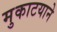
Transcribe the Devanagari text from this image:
मुकाटयाने